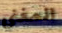
المغني